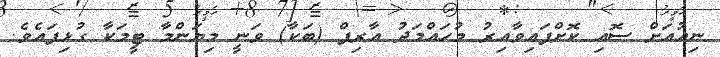
ނިއުއަށް ސޮއި ކޮށްފައިވާއިރު މުހައްމަދު އާރިފް (ބަކާ) ވަނީ މިޔަންމާ ޓީމަކާ ގުޅިފައެވެ.